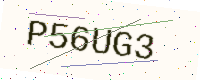
Text: P56UG3